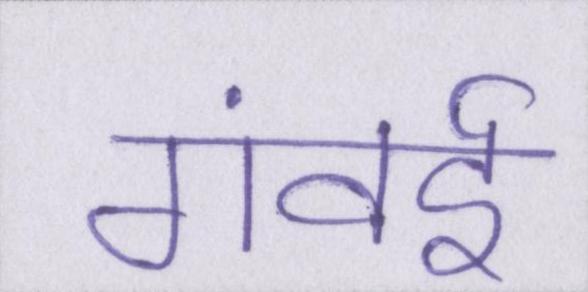
गंवई